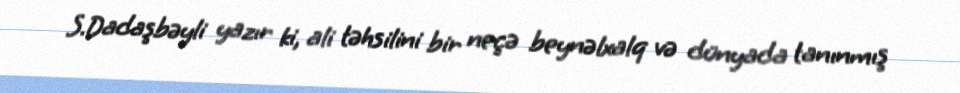
S.Dadaşbəyli yazır ki, ali təhsilini bir neçə beynəlxalq və dünyada tanınmış